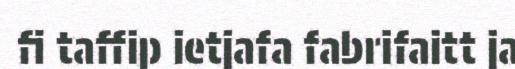
fi taffip ietjafa fabrifaitt ja